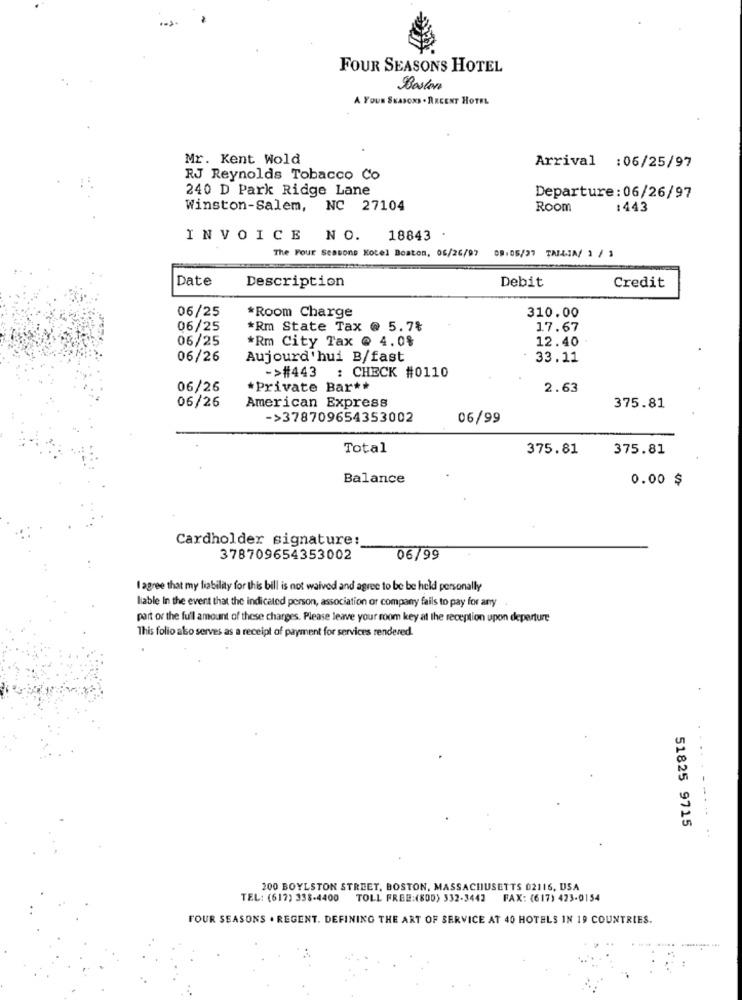
FOUR SEASONS HOTEL
Boston
A YOUN SKASONS . RREENT HOTEL
Mr. Kent Wold
Arrival :06/25/97
RJ Reynolds Tobacco Co
240 D Park Ridge Lane
Departure: 06/26/97
Winston-Salem, NC 27104
Room
:443
INVOICE NO.
18843
The Four Seasons Hotel Boston, 06/26/97 09:05/27 TAILIN/ 1 / 3
Date
Description
Debit
Credit
06/25
*Room Charge
310.00
06/25
*Rm State Tax @ 5.7%
17.67
06/25
*Rm City Tax @ 4.0%
12.40
06/26
Aujourd'hui B/fast
33.11
->#443 : CHECK #0110
06/26
*Private Bar **
2.63
American Express
06/26
375.81
->378709654353002
06/99
Total
375.81
375.81
Balance
0.00 $
Cardholder signature:
378709654353002
06/99
I agree that my liability for this bill is not waived and agree to be be held personally
liable In the event that the indicated person, association or company fails to pay for any
part of the full amount of these charges. Please leave your room key at the reception upon departure
This folio also serves as a receipt of payment for services rendered.
...
51825 9715
..
200 BOYLSTON STREET, BOSTON, MASSACHUSETTS 02116, USA
TEL: (617) 338-4400 TOLL FREE:(800) 332-3442 FAX: (617) 423-0154
FOUR SEASONS . REGENT. DEFINING THE ART OF SERVICE AT 40 HOTELS IN 19 COUNTRIES.